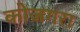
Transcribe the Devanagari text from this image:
कोजगरा